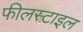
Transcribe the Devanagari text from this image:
फीलस्टाइल